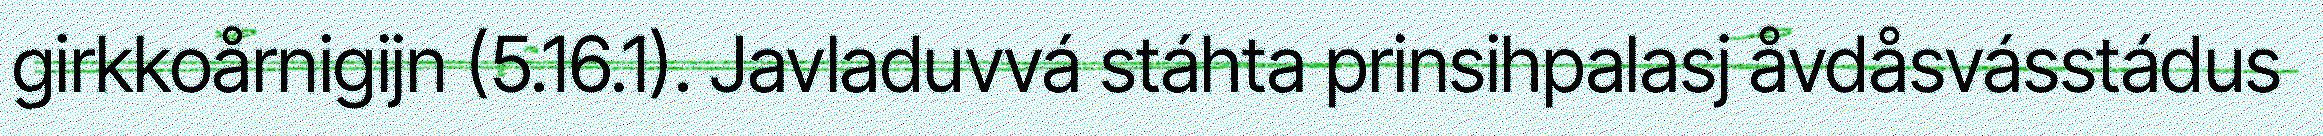
girkkoårnigijn (5.16.1). Javladuvvá stáhta prinsihpalasj åvdåsvásstádus